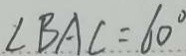
\angle B A C = 6 0 ^ { \circ }